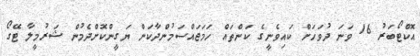
އޮކްޓޯބަރު 16 ވަނަ ދުވަހަށް ކައިވެނީގެ ކަންތައް ހަމަޖައްސަމުންދާކަން ޔަގީންކޮށްދެމުން ޝަރުމީލާ ޓޭގޯ